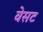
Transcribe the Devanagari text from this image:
वेसट